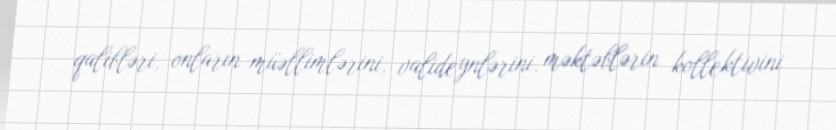
qalibləri, onların müəllimlərini, valideynlərini, məktəblərin kollektivini